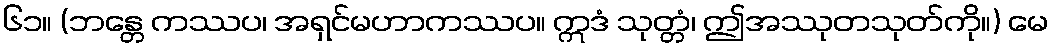
၆၁။ (ဘန္တေ ကဿပ၊ အရှင်မဟာကဿပ။ ဣဒံ သုတ္တံ၊ ဤအဿုတသုတ်ကို။) မေ